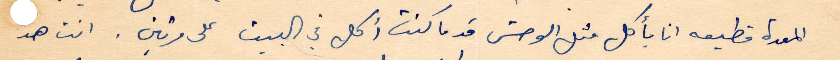
المعدة قطيعه انا بأكل مثل الوحش قد ما كنت اكل في البيت على مرتين. انت هد